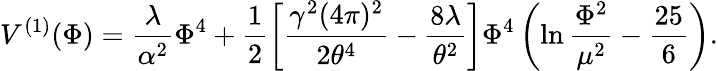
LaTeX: V^{(1)}(\Phi)=\frac{\lambda}{\alpha^{2}}\Phi^{4}+\frac{1}{2}\left[\frac{\gamma^{2}(4\pi)^{2}}{2\theta^{4}}-\frac{8\lambda}{\theta^{2}}\right]\Phi^{4}\left(\ln\frac{\Phi^{2}}{\mu^{2}}-\frac{25}{6}\right).